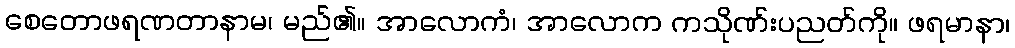
စေတောဖရဏတာနာမ၊ မည်၏။ အာလောကံ၊ အာလောက ကသိုဏ်းပညတ်ကို။ ဖရမာနာ၊